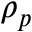
\rho _ { p }